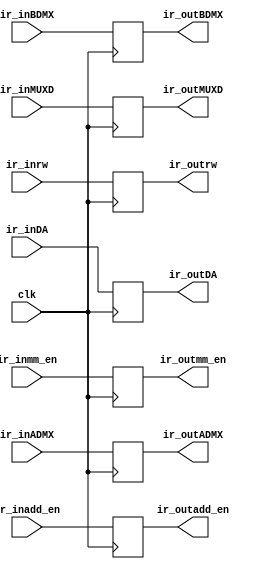
`timescale 1ns / 1ps
//////////////////////////////////////////////////////////////////////////////////
// Company: University of Missouri-Kansas City
// Module Name: i_reg
// Project Name: Final_228
//////////////////////////////////////////////////////////////////////////////////

module i_reg 
//#(  parameter IN_MSB = 3,
//    parameter OUT_MSB = 3)
  #(  parameter IR_BIT_WIDTH = 4 )
(   input clk,
    //input [IN_MSB-1:0] ir_in,
    //output reg [IN_MSB - OUT_MSB:0] ir_nxt,
    //output reg [OUT_MSB:0] ir_out
    input ir_inADMX, 
    input ir_inBDMX, 
    input ir_inmm_en, 
    input ir_inadd_en, 
    input ir_inMUXD, 
    input ir_inrw, 
    input [IR_BIT_WIDTH - 1:0] ir_inDA,
    output reg ir_outADMX, 
    output reg ir_outBDMX, 
    output reg ir_outmm_en, 
    output reg ir_outadd_en, 
    output reg ir_outMUXD, 
    output reg ir_outrw,
    output reg [IR_BIT_WIDTH - 1:0] ir_outDA
    );

    always@(posedge clk) 
    begin
        /*ir_nxt <= ir_in[IN_MSB - (OUT_MSB):0]; //trim off the top
        ir_out <= ir_in[IN_MSB - 1:IN_MSB - OUT_MSB]; //send outputs
        */
       ir_outADMX   <=  ir_inADMX;    
       ir_outBDMX   <=  ir_inBDMX;    
       ir_outmm_en  <=  ir_inmm_en;   
       ir_outadd_en <=  ir_inadd_en;  
       ir_outMUXD   <=  ir_inMUXD;    
       ir_outrw     <=  ir_inrw;     
       ir_outDA     <=  ir_inDA;
    end
endmodule